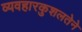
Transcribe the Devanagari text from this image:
व्यवहारकुशलतेने